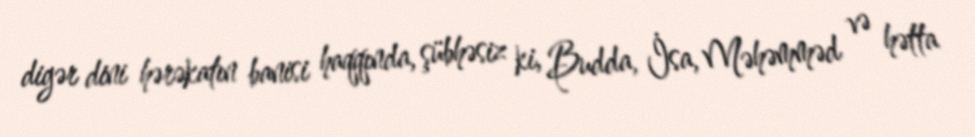
digər dini hərəkatın banisi haqqında, şübhəsiz ki, Budda, İsa, Məhəmməd və hətta